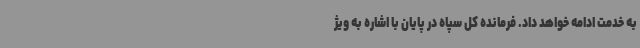
به خدمت ادامه خواهد داد. فرمانده کل سپاه در پایان با اشاره به ویژ